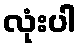
လုံးပါ